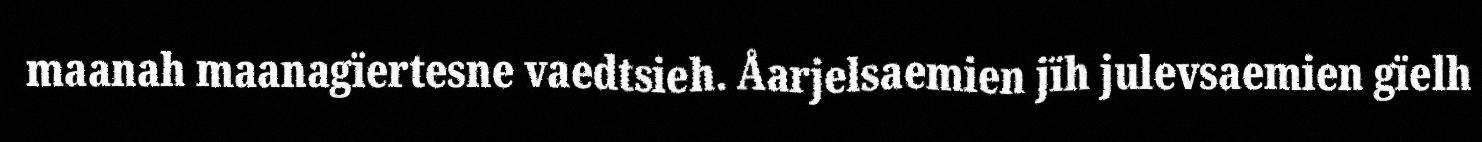
maanah maanagïertesne vaedtsieh. Åarjelsaemien jïh julevsaemien gïelh